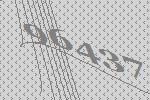
96437